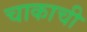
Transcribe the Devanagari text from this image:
चाकाची